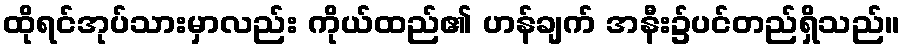
ထိုရင်အုပ်သားမှာလည်း ကိုယ်ထည်၏ ဟန်ချက် အနီး၌ပင်တည်ရှိသည်။